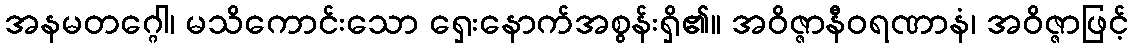
အနမတဂ္ဂေါ၊ မသိကောင်းသော ရှေးနောက်အစွန်းရှိ၏။ အဝိဇ္ဇာနီဝရဏာနံ၊ အဝိဇ္ဇာဖြင့်